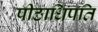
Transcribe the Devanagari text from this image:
पीठाधिपति